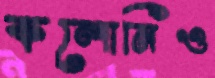
কলোনিও